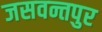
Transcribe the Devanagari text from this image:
जसवन्तपुर